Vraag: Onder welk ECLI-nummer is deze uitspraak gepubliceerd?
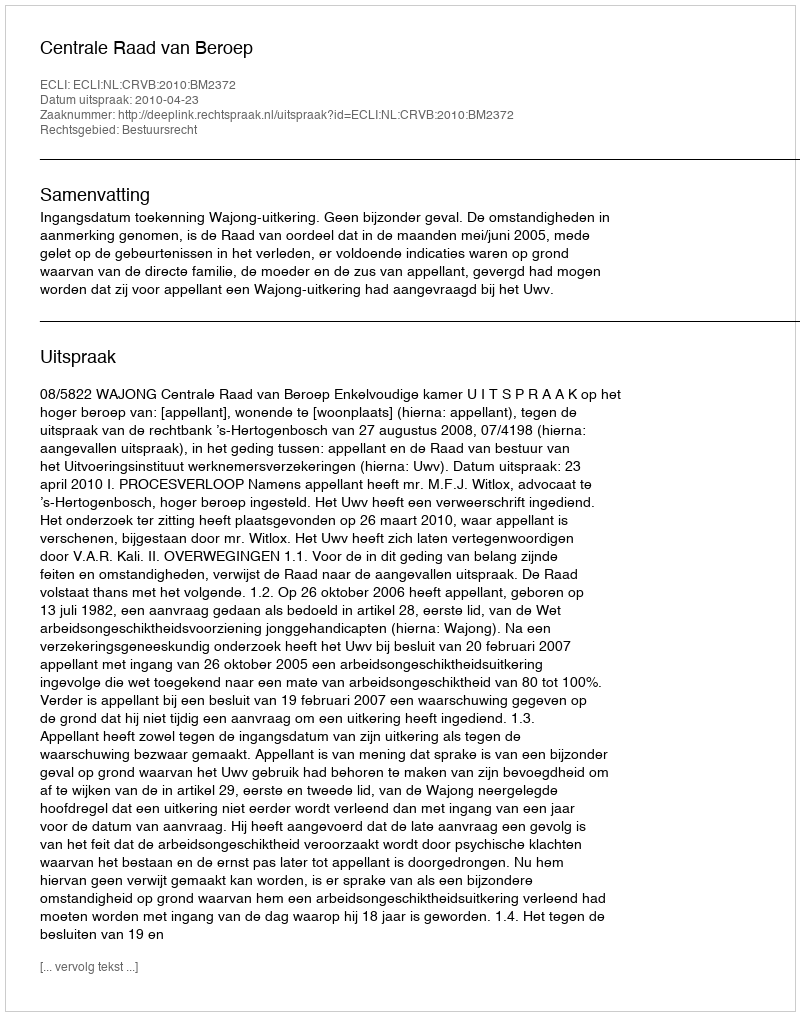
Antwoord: ECLI:NL:CRVB:2010:BM2372